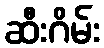
ဆီးဂိမ်း